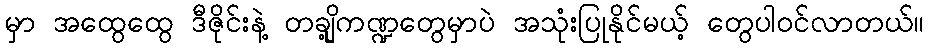
မှာ အထွေထွေ ဒီဇိုင်းနဲ့ တချို့ကဏ္ဍတွေမှာပဲ အသုံးပြုနိုင်မယ့် တွေပါဝင်လာတယ်။